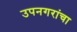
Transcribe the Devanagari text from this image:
उपनगरांचा